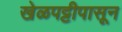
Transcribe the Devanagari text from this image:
खेळपट्टीपासून